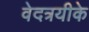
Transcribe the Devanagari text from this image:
वेदत्रयीके